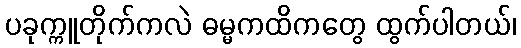
ပခုက္ကူတိုက်ကလဲ ဓမ္မကထိကတွေ ထွက်ပါတယ်၊